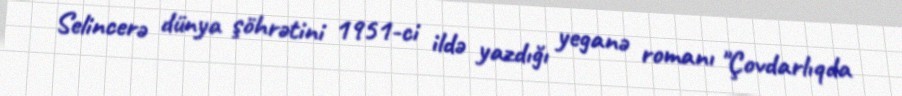
Selincerə dünya şöhrətini 1951-ci ildə yazdığı yeganə romanı "Çovdarlıqda